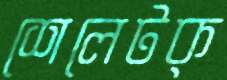
শেলেটক্